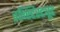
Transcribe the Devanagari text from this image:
इन्स्टिस्ट्यूट